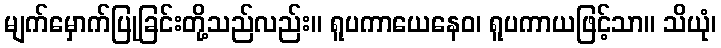
မျက်မှောက်ပြုခြင်းတို့သည်လည်း။ ရူပကာယေနေဝ၊ ရူပကာယဖြင့်သာ။ သိယုံ၊